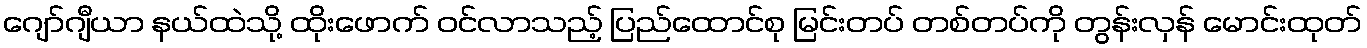
ဂျော်ဂျီယာ နယ်ထဲသို့ ထိုးဖောက် ဝင်လာသည့် ပြည်ထောင်စု မြင်းတပ် တစ်တပ်ကို တွန်းလှန် မောင်းထုတ်